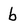
Character: b